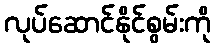
လုပ်ဆောင်နိုင်စွမ်းကို